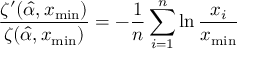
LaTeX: { \frac { \zeta ^ { \prime } ( { \hat { \alpha } } , x _ { \operatorname* { m i n } } ) } { \zeta ( { \hat { \alpha } } , x _ { \operatorname* { m i n } } ) } } = - { \frac { 1 } { n } } \sum _ { i = 1 } ^ { n } \ln { \frac { x _ { i } } { x _ { \operatorname* { m i n } } } }